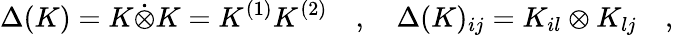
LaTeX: \Delta(K)=K\dot{\otimes}K=K^{(1)}K^{(2)}\quad,\quad\Delta(K)_{ij}=K_{il}\otimes K_{lj}\quad,